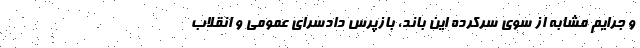
و جرایم مشابه از سوی سرکرده این باند، بازپرس دادسرای عمومی و انقلاب